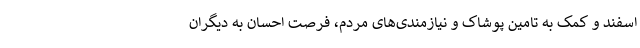
اسفند و کمک به تامین پوشاک و نیازمندی‌های مردم، فرصت احسان به دیگران